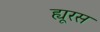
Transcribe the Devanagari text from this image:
ह्यूरस